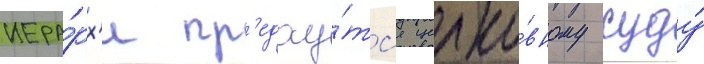
иера́рх'и пр'едау́тс'я церко́вному суду́